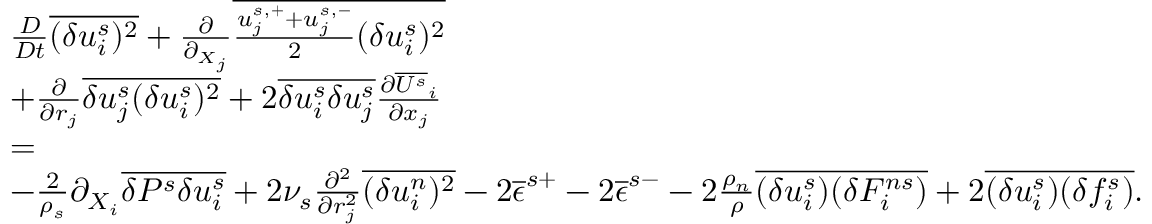
\begin{array} { r l r } & { \frac { D } { D t } \overline { { ( \delta u _ { i } ^ { s } ) ^ { 2 } } } + \frac { \partial } { \partial _ { X _ { j } } } \overline { { \frac { u _ { j } ^ { s , + } + u _ { j } ^ { s , - } } { 2 } ( \delta u _ { i } ^ { s } ) ^ { 2 } } } } & \\ & { + \frac { \partial } { \partial { r _ { j } } } \overline { { \delta u _ { j } ^ { s } ( \delta u _ { i } ^ { s } ) ^ { 2 } } } + 2 \overline { { \delta u _ { i } ^ { s } \delta u _ { j } ^ { s } } } \frac { \partial \overline { { U ^ { s } } } _ { i } } { \partial x _ { j } } } & \\ & { = } & \\ & { - \frac { 2 } { \rho _ { s } } \partial _ { X _ { i } } \overline { { \delta P ^ { s } \delta u _ { i } ^ { s } } } + 2 \nu _ { s } \frac { \partial ^ { 2 } } { \partial r _ { j } ^ { 2 } } \overline { { ( \delta u _ { i } ^ { n } ) ^ { 2 } } } - 2 \overline { { \epsilon } } ^ { s + } - 2 \overline { { \epsilon } } ^ { s - } - 2 \frac { \rho _ { n } } { \rho } \overline { { ( \delta u _ { i } ^ { s } ) ( \delta F _ { i } ^ { n s } ) } } + 2 \overline { { ( \delta u _ { i } ^ { s } ) ( \delta f _ { i } ^ { s } ) } } . } & \end{array}